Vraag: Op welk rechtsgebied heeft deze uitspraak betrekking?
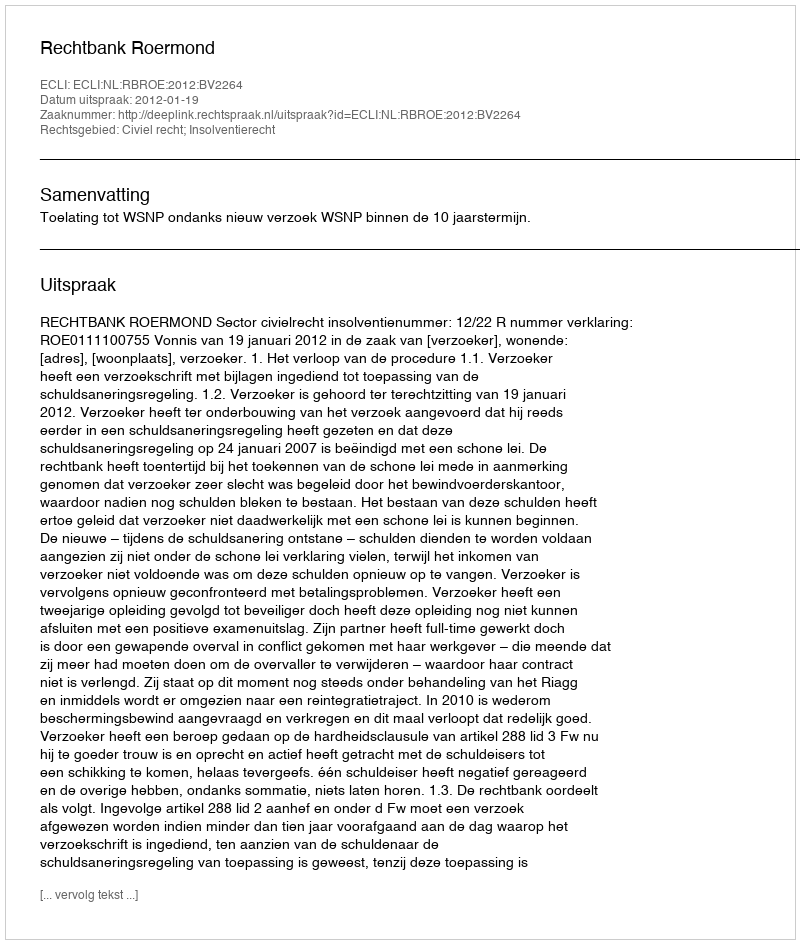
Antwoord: Civiel recht; Insolventierecht